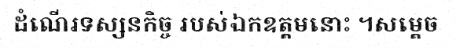
ដំណើរទស្សនកិច្ច របស់ឯកឧត្តមនោះ ។សម្តេច